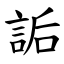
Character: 詬